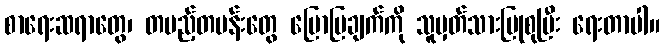
စာရေးဆရာတွေ၊ တပည့်တပန်းတွေ ပြောပြချက်ကို သူမှတ်သားပြုစုပြီး ရေးတာပါ။